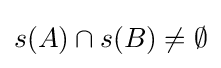
s(A)\cap s(B)\neq \emptyset